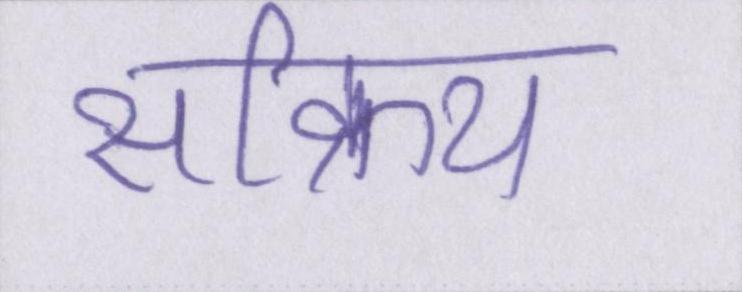
सक्रिय